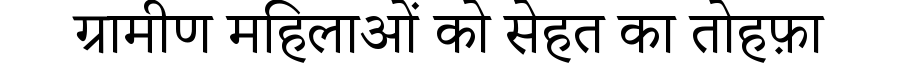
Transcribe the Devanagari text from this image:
ग्रामीण महिलाओं को सेहत का तोहफ़ा